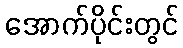
အောက်ပိုင်းတွင်